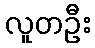
လူတဦး